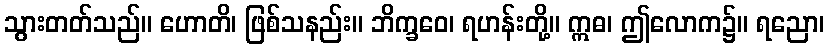
သွားတတ်သည်။ ဟောတိ၊ ဖြစ်သနည်း။ ဘိက္ခဝေ၊ ရဟန်းတို့။ ဣဓ၊ ဤလောက၌။ ရညော၊